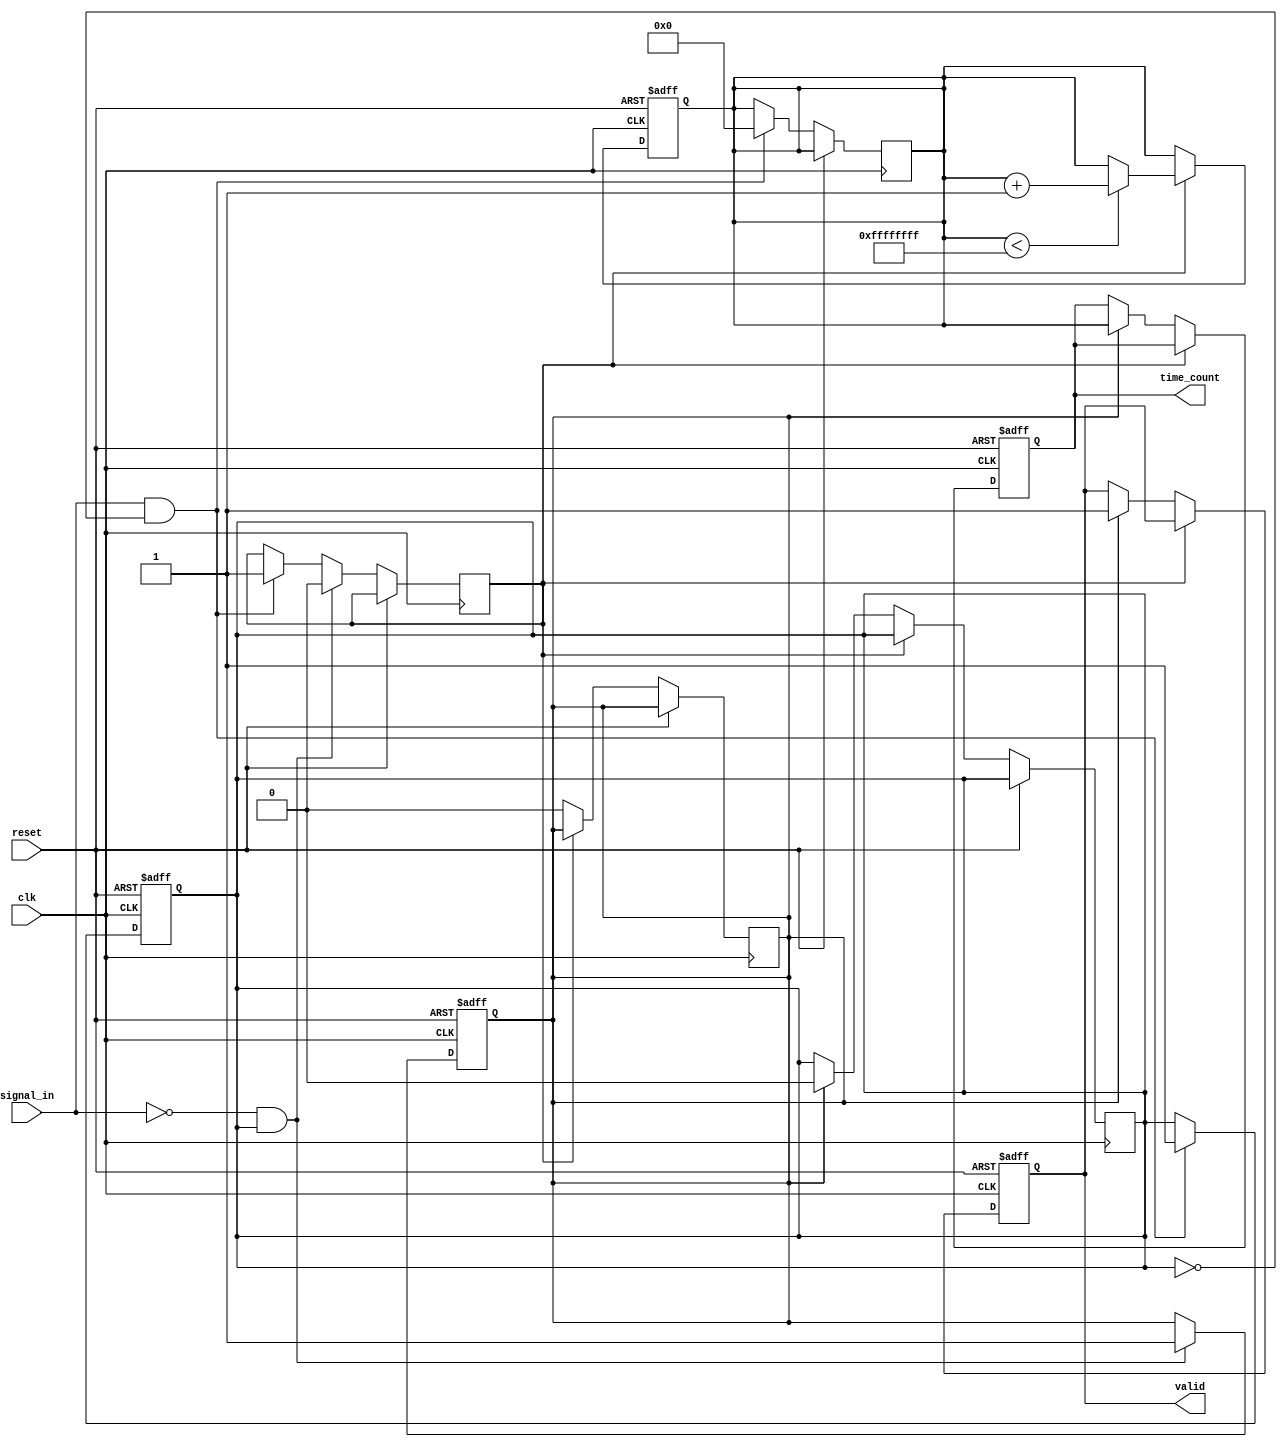
module TDC (
    input wire clk,                // High-frequency clock
    input wire reset,              // Asynchronous reset
    input wire signal_in,          // Input signal to be measured
    output reg [31:0] time_count,  // Digital output for measured time
    output reg valid               // Output valid signal
);

// Parameters
parameter CLOCK_FREQ = 100e6;    // Clock frequency in Hz
parameter MAX_COUNT = 32'd4294967295; // Maximum count value for 32-bit counter

// Internal signals
reg [31:0] counter;               // Time counter
reg start_event;                  // Start event flag
reg stop_event;                   // Stop event flag
reg measuring;                    // Measuring state flag

// Edge detection for start and stop events
always @(posedge clk or posedge reset) begin
    if (reset) begin
        start_event <= 1'b0;
        stop_event <= 1'b0;
    end else begin
        // Detect rising edge for start event
        if (signal_in && !start_event) begin
            start_event <= 1'b1;
            measuring <= 1'b1; // Start measuring
            counter <= 32'b0;  // Reset counter
        end
        
        // Detect falling edge for stop event
        if (!signal_in && start_event) begin
            stop_event <= 1'b1;
            measuring <= 1'b0; // Stop measuring
        end
    end
end

// Time measurement counter
always @(posedge clk or posedge reset) begin
    if (reset) begin
        counter <= 32'b0;
        time_count <= 32'b0;
        valid <= 1'b0;
    end else if (measuring) begin
        if (counter < MAX_COUNT) begin
            counter <= counter + 1; // Increment counter
        end
    end else if (stop_event) begin
        time_count <= counter; // Capture the time count
        valid <= 1'b1;         // Indicate valid output
        start_event <= 1'b0;   // Reset start event
        stop_event <= 1'b0;    // Reset stop event
    end
end

endmodule